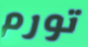
تورم